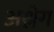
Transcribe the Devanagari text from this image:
अश्लेग